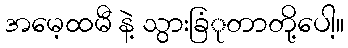
အမေ့ထမီ နဲ့ သွားခြံုတာတို့ပေါ့။